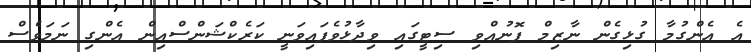
އެ އެންގުމާ ގުޅިގެން ނާޒިމް ފޮނުއްވި ސިޓީގައި ވިދާޅުވެފައިވަނީ ކަރެކްޝަންސްއިން އެންގި ނަމަވެސް